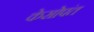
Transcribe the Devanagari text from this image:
केसोपंत